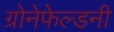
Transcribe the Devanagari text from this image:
ग्रोनेफेल्डनी